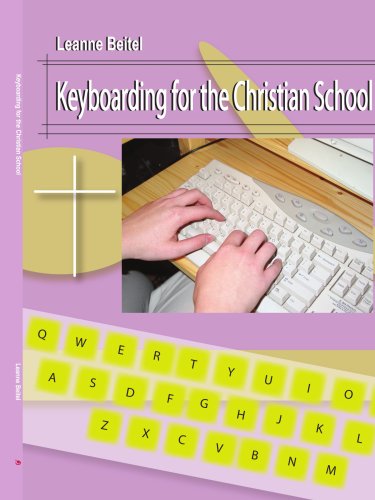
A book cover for Keyboarding for the Christian School; Leanne Beitel; Teen & Young Adult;